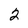
Character: 2